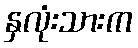
နှလုံးသားက